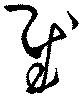
慰